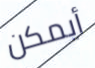
أيمكن